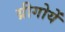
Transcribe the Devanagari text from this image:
य्रीगोयें